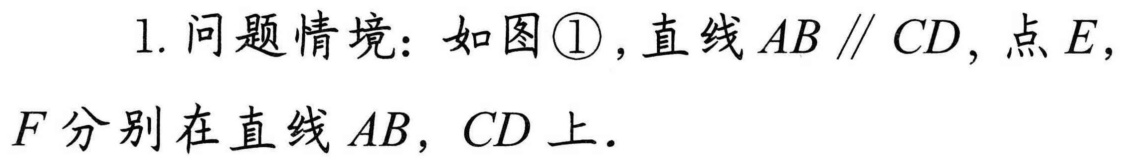
1. 问题情境：如图\textcircled{1}，直线\(AB \parallel CD\)，点\(E\)，\(F\)分别在直线\(AB\)，\(CD\)上．